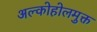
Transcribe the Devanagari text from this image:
अल्कोहोलमुक्त